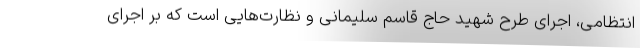
انتظامی، اجرای طرح شهید حاج قاسم سلیمانی و نظارت‌هایی است که بر اجرای